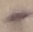
Text: +